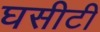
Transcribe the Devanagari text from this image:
घसीटी